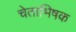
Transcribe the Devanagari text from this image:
चेताभिषक